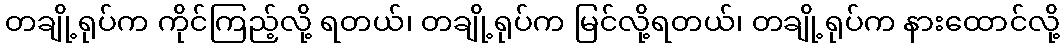
တချို့ရုပ်က ကိုင်ကြည့်လို့ ရတယ်၊ တချို့ရုပ်က မြင်လို့ရတယ်၊ တချို့ရုပ်က နားထောင်လို့